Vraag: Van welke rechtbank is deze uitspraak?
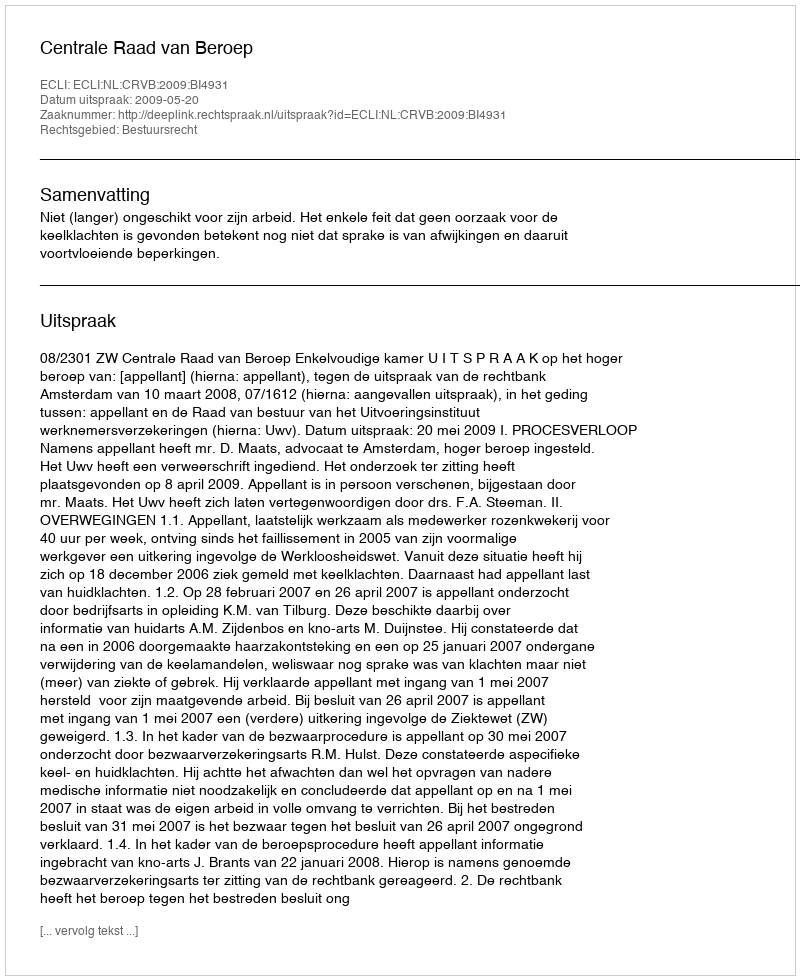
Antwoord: Centrale Raad van Beroep